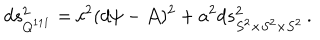
LaTeX: d s _ { Q ^ { 1 1 1 } } ^ { 2 } = c ^ { 2 } ( d \psi - { \cal A } ) ^ { 2 } + a ^ { 2 } d s _ { S ^ { 2 } \times S ^ { 2 } \times S ^ { 2 } } ^ { 2 } \, .